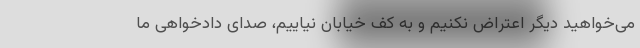
می‌خواهید دیگر اعتراض نکنیم و به کف خیابان نیاییم، صدای دادخواهی ما